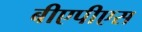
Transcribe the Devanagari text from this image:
बीएपीएस